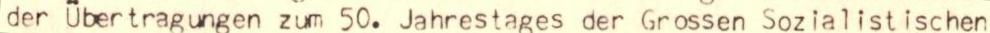
der Übertragungen zum 50. Jahrestages der Grossen Sozialistischen